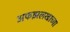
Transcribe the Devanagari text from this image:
अफझलखाच्या